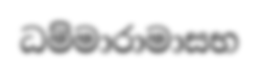
ධම්මාරාමාසභ